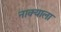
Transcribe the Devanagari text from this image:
नाक्याला